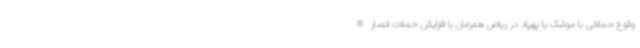
وقوع حملاتی با موشک یا پهپاد در ریاض همزمان با افزایش حملات انصارالله